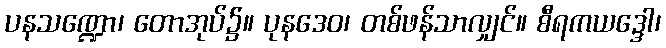
ပနသဏ္ဍော၊ တောအုပ်၌။ ပုနဒေဝ၊ တစ်ဖန်သာလျှင်။ စီရကယဒ္ဒေါ၊